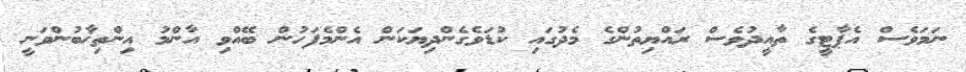
ނަމަވެސް އެޕާޓީގެ ތާއީދުވެސް ރައްޔިތުންގެ މެދުގައި ކުޑަވެގެންދިޔަކަން އެންމެފަހުން ބޭއްވި އާންމު އިންތިޚާބުންވަނީ